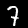
Digit: 7